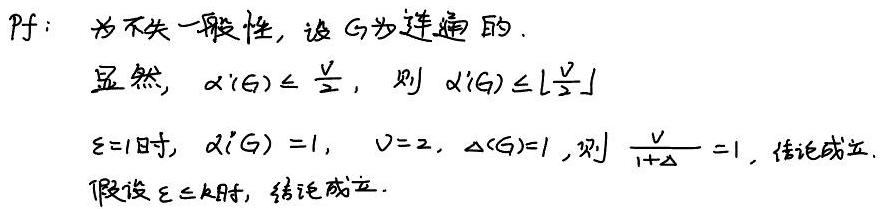
&Pf: 为不失一般性, 设 G 为连通的.\\
&显然\(, \alpha'(G)\leq\frac{v}{2}, \)则\( \alpha'(G)\leq\left\lfloor\frac{v}{2}\right\rfloor\)\\
\(&\varepsilon = 1 \)时\(, \alpha'(G)=1,\ v = 2,\ \Delta(G)=1, \)则\( \frac{v}{1 + \Delta}=1, \)结论成立.\\
&假设\( \varepsilon\leq k \)时, 结论成立.